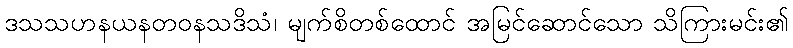
ဒသသဟနယနတဝနသဒိသံ၊ မျက်စိတစ်ထောင် အမြင်ဆောင်သော သိကြားမင်း၏